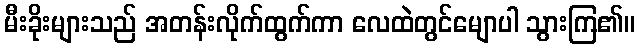
မီးခိုးများသည် အတန်းလိုက်ထွက်ကာ လေထဲတွင်မျောပါ သွားကြ၏။